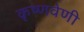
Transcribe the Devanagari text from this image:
कृष्णवेणी